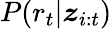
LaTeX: P(r_{t}|\boldsymbol{z}_{i:t})